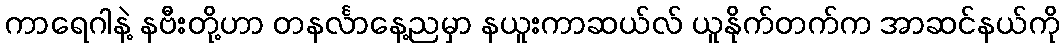
ကာရေဂါနဲ့ နဗီးတို့ဟာ တနင်္လာနေ့ညမှာ နယူးကာဆယ်လ် ယူနိုက်တက်က အာဆင်နယ်ကို